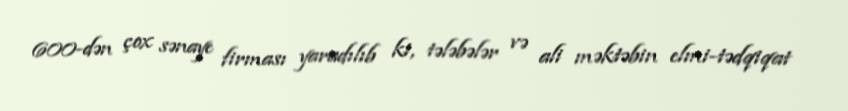
600-dən çox sənaye firması yaradılıb ki, tələbələr və ali məktəbin elmi-tədqiqat